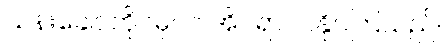
သန်းခေါင်တိုင်မှပင် အိပ်ရာဝင်နိုင်ကြသည်။